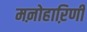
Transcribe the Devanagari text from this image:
मऩोहाऱिणी